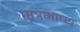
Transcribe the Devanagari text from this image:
सूत्रभाष्य